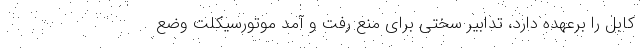
کابل را برعهده دارد، تدابیر سختی برای منع رفت و آمد موتورسیکلت وضع